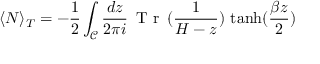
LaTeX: \langle N \rangle _ { T } = - \frac { 1 } { 2 } \int _ { \mathcal { C } } \frac { d z } { 2 \pi i } \, \textrm { T r } \, ( \frac { 1 } { H - z } ) \, \operatorname { t a n h } ( \frac { \beta z } { 2 } )